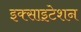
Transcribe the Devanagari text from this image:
इक्साइटेशन